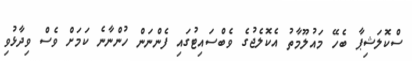
ސްކޮލަޝިޕާ ބެހޭ މައުލޫމާތު އެކޮލެޖުގެ ވެބްސައިޓުގައި ފެެންނަން ހުންނާނެ ކަމަށް ވެސް ވިދާޅުވި